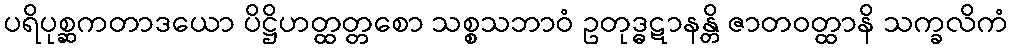
ပရိပုစ္ဆကတာဒယော ပိဋ္ဌိဟတ္ထတ္တစော သစ္စသဘာဝံ ဥတုဒ္ဓဋာနန္တိ ဇာတဝတ္ထာနိ သက္ခလိကံ